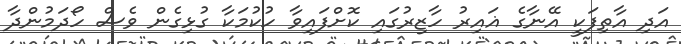
އަދި އާތިފަކީ އޭނާގެ ޣައިރު ހާޒިރުގައި ކޮށްފައިވާ ހުކުމަކާ ގުޅިގެން ވެސް ހޯދަމުންދާ